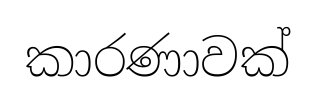
කාරණාවක්